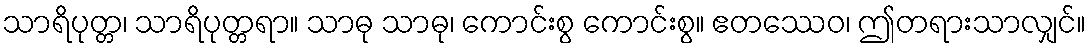
သာရိပုတ္တ၊ သာရိပုတ္တရာ။ သာဓု သာဓု၊ ကောင်းစွ ကောင်းစွ။ ဧတဿေဝ၊ ဤတရားသာလျှင်။